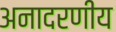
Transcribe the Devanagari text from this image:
अनादरणीय